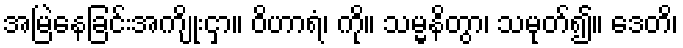
အမြဲနေခြင်းအကျိုးငှာ။ ဝိဟာရံ၊ ကို။ သမ္မနိတွာ၊ သမုတ်၍။ ဒေတိ၊